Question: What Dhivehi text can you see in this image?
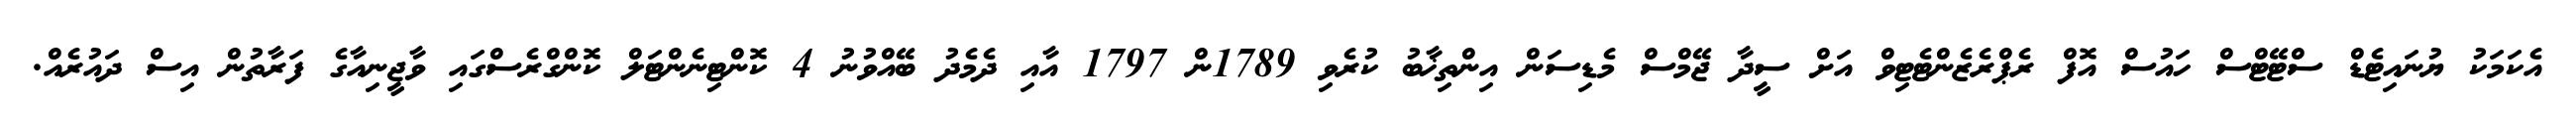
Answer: އެކަމަކު ޔުނައިޓެޑް ސްޓޭޓްސް ހައުސް އޮފް ރެޕްރެޒެންޓެޓިވް އަށް ސީދާ ޖޭމްސް މެޑިސަން އިންތިޚާބު ކުރެވި 1789ން 1797 އާއި ދެމެދު ބޭއްވުނު 4 ކޮންޓިނެންޓަލް ކޮންގްރެސްގައި ވާޖީނިއާގެ ފަރާތުން އިސް ދައުރެއް.